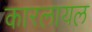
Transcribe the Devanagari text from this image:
कारलायल